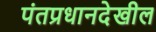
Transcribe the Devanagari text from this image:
पंतप्रधानदेखील